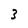
Character: 3